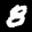
Label: 8